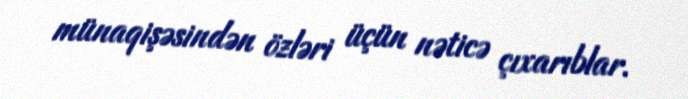
münaqişəsindən özləri üçün nəticə çıxarıblar.